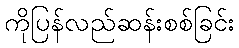
ကိုပြန်လည်ဆန်းစစ်ခြင်း